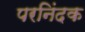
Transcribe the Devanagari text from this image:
परनिंदक